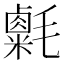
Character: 𣰮